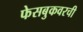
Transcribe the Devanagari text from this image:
फेसबुकवरची